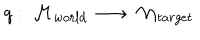
q : \, { \cal M } _ { w o r l d } \, \longrightarrow \, { \cal M } _ { t a r g e t }